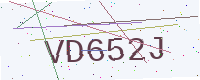
Text: VD652J